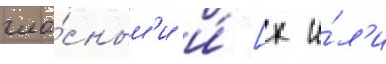
гла́сным'и и́ [х и́л'и